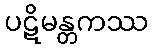
ပဋိမန္တကဿ